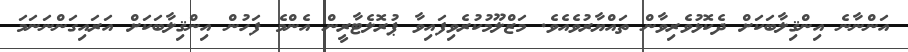
އަންނާނެ އިންޤިލާބަކަށް ދެކޮޅުވެރިވާން ތައްޔާރުވެއެވެ. މަޒްލޫމުކުރެވިފައިވާ ޕުރޮލެޓާރީން އެންމެ ފަހުން އިންޤިލާބަކަށް އަރައިގަންނަނަމަ